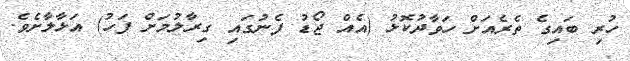
ހުރި ބައިގެ ތެރެއަށް ހަވާދުކޮޅު (އެއް ޖޯޑު ފެނުގައި ގިރާލުމަށް ފަހު) އަޅާލާށެވެ.